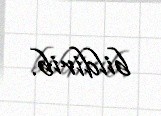
bildirib.